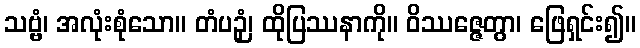
သဗ္ဗံ၊ အလုံးစုံသော။ တံပဉှံ၊ ထိုပြဿနာကို။ ဝိဿဇ္ဇေတွာ၊ ဖြေရှင်း၍။